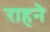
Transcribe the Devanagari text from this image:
राहने